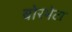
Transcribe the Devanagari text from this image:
बोरभेटा